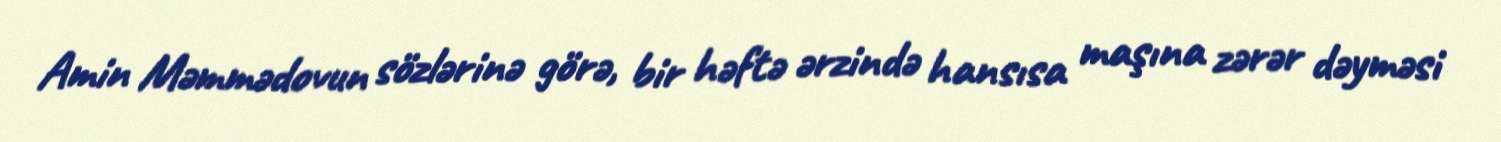
Amin Məmmədovun sözlərinə görə, bir həftə ərzində hansısa maşına zərər dəyməsi